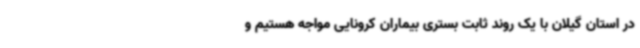
در استان گیلان با یک روند ثابت بستری بیماران کرونایی مواجه هستیم و